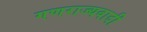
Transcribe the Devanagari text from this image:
गणराज्यवादी